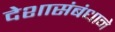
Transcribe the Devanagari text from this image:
देशासंबंधाने